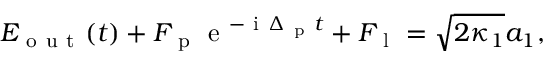
E _ { \mathrm { ~ o ~ u ~ t ~ } } ( t ) + F _ { \mathrm { ~ p ~ } } \mathrm { ~ e ~ } ^ { - \mathrm { ~ i ~ } \Delta _ { \mathrm { ~ p ~ } } t } + F _ { \mathrm { ~ l ~ } } = \sqrt { 2 \kappa _ { 1 } } a _ { 1 } ,